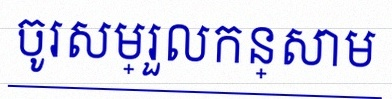
ចូរសម្រួលកន្សោម